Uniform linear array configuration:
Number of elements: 32
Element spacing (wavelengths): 0.75
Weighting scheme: binomial
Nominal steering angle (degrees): -45
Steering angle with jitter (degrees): -44.665
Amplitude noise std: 0.05
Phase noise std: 0.05

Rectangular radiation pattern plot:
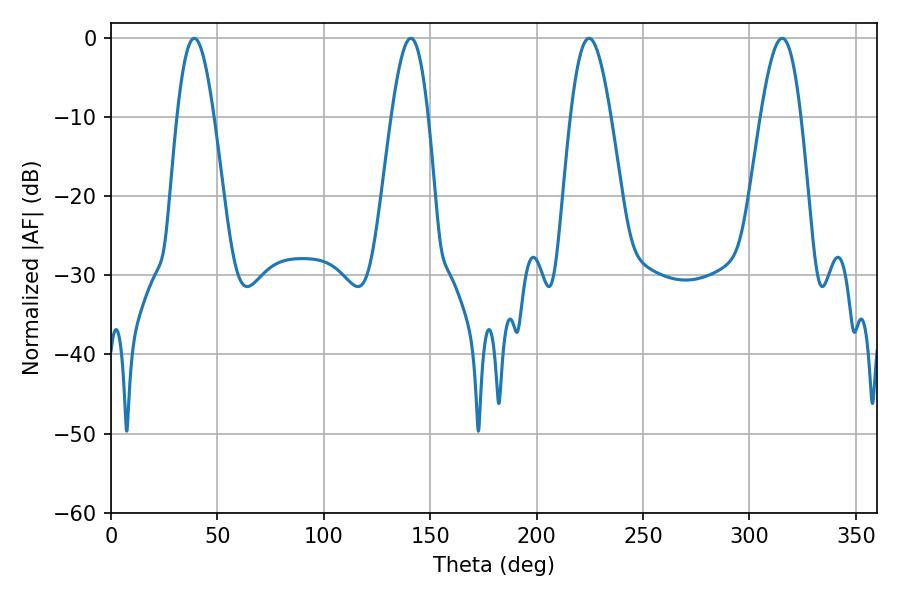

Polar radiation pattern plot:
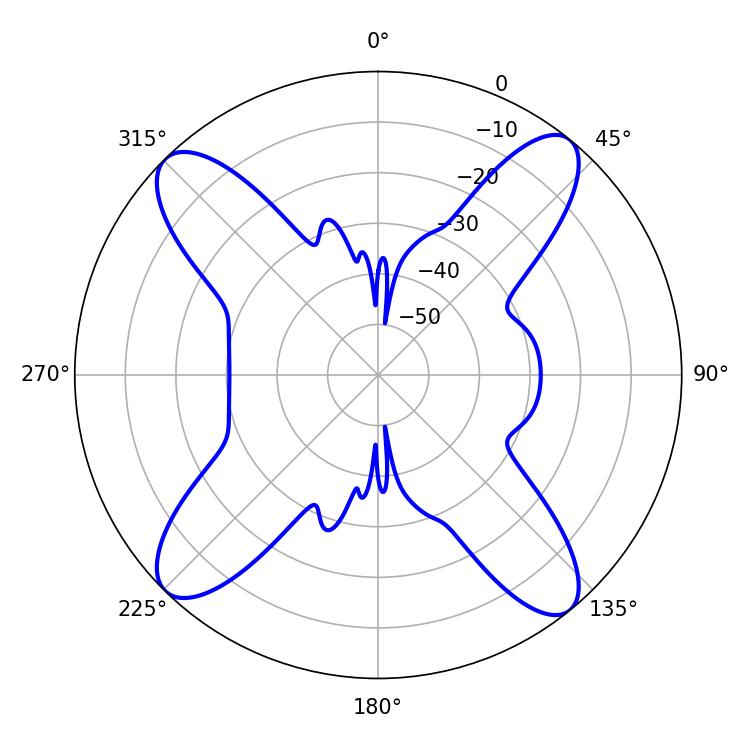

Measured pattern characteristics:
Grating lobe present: TRUE
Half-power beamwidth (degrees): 10.08
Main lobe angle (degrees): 224.64